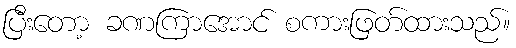
ပြီးတော့ ခဏကြာအောင် စကားဖြတ်ထားသည်။